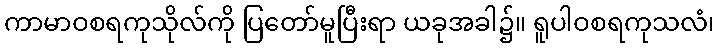
ကာမာဝစရကုသိုလ်ကို ပြတော်မူပြီးရာ ယခုအခါ၌။ ရူပါဝစရကုသလံ၊